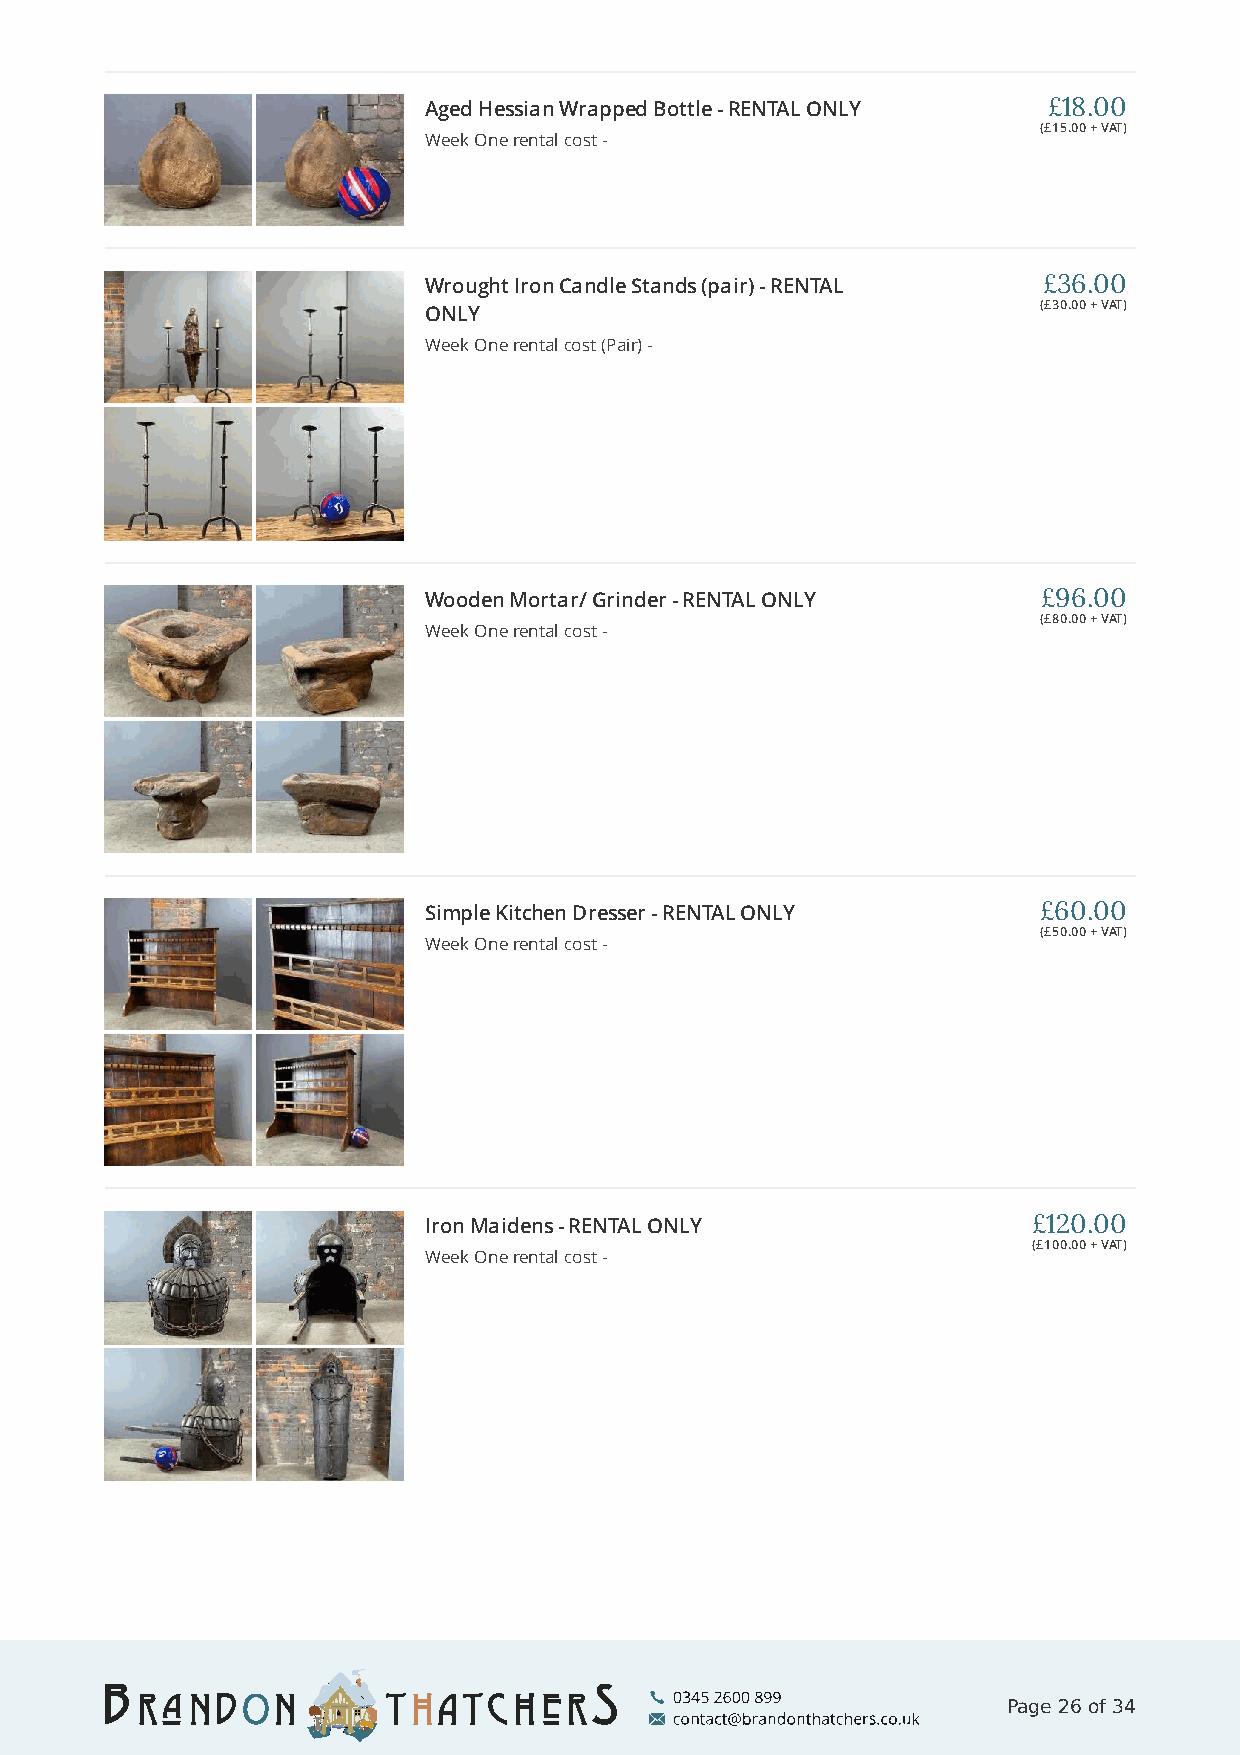
Aged Hessian Wrapped Bottle - RENTAL ONLY £18.00
 (£15.00 + VAT)
 Week One rental cost -
 Wrought Iron Candle Stands (pair) - RENTAL £36.00
 (£30.00 + VAT)
 ONLY
 Week One rental cost (Pair) -
 Wooden Mortar/ Grinder - RENTAL ONLY     £96.00
 (£80.00 + VAT)
 Week One rental cost -
 Simple Kitchen Dresser - RENTAL ONLY     £60.00
 (£50.00 + VAT)
 Week One rental cost -
 Iron Maidens - RENTAL ONLY              £120.00
 (£100.00 + VAT)
 Week One rental cost -
 Page 26 of 34